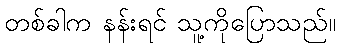
တစ်ခါက နန်းရင် သူ့ကိုပြောသည်။